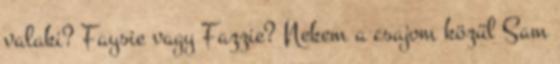
valaki? Faysie vagy Fazzie? Nekem a csajom közül Sam